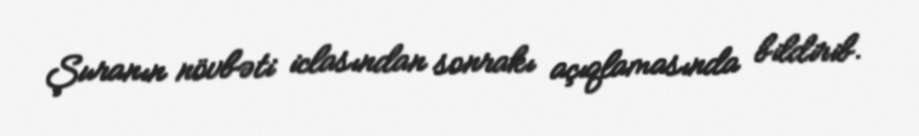
Şuranın növbəti iclasından sonrakı açıqlamasında bildirib.